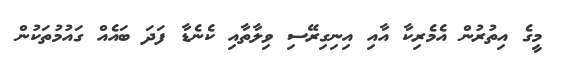
މީގެ އިތުރުން އެމެރިކާ އާއި އިނިގިރޭސި ވިލާތާއި ކެނެޑާ ފަދަ ބައެއް ގައުމުތަކުން